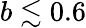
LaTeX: b\lesssim 0.6